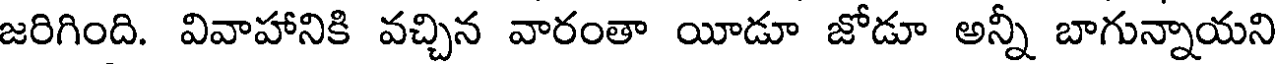
జరిగింది. వివాహానికి వచ్చిన వారంతా యీడూ జోడూ అన్నీ బాగున్నాయని